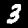
Label: 3